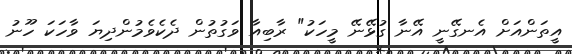
އީތަންއަށް އެނގޭނީ އޭނާ ގުޅޭނޭ މީހަކު" ރާބިއާ ވަގުތުން ދެކެވެމުންދިޔަ ވާހަކަ ހޫނު